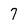
Character: 7